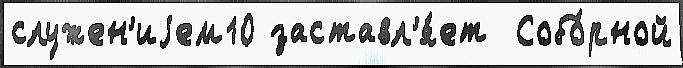
служен'иjем10 заставл'я́ет  Собо́рной